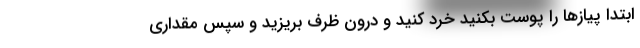
ابتدا پیازها را پوست بکنید خرد کنید و درون ظرف بریزید و سپس مقداری